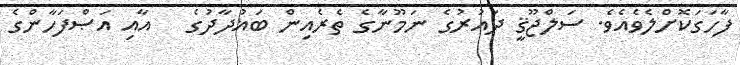
ފާހަގަކޮށްލެވެއެވެ. ސަލްޖޫޤީ ދައުރުގެ ނަމޫނާގެ ތެރެއިން ބަޣުދާދުގެ   އާއި އަޞްފަހާންގެ